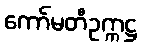
ကော်မတီဥက္ကဋ္ဌ